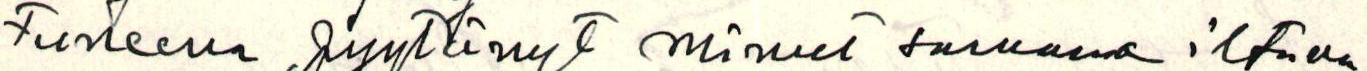
tuneena pyytänyt minut samana iltana